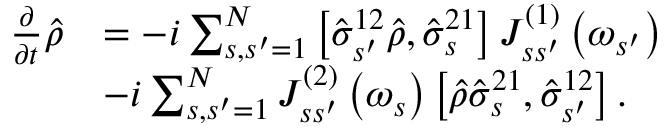
\begin{array} { r l } { \frac { \partial } { \partial t } \hat { \rho } } & { = - i \sum _ { s , s ^ { \prime } = 1 } ^ { N } \left[ \hat { \sigma } _ { s ^ { \prime } } ^ { 1 2 } \hat { \rho } , \hat { \sigma } _ { s } ^ { 2 1 } \right] J _ { s s ^ { \prime } } ^ { \left( 1 \right) } \left( \omega _ { s ^ { \prime } } \right) } \\ & { - i \sum _ { s , s ^ { \prime } = 1 } ^ { N } J _ { s s ^ { \prime } } ^ { \left( 2 \right) } \left( \omega _ { s } \right) \left[ \hat { \rho } \hat { \sigma } _ { s } ^ { 2 1 } , \hat { \sigma } _ { s ^ { \prime } } ^ { 1 2 } \right] . } \end{array}